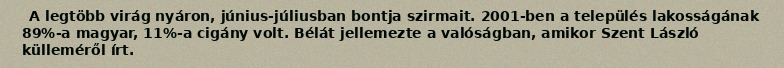
A legtöbb virág nyáron, június-júliusban bontja szirmait. 2001-ben a település lakosságának 89%-a magyar, 11%-a cigány volt. Bélát jellemezte a valóságban, amikor Szent László külleméről írt.